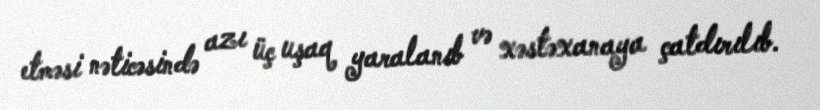
etməsi nəticəsində azı üç uşaq yaralanıb və xəstəxanaya çatdırılıb.